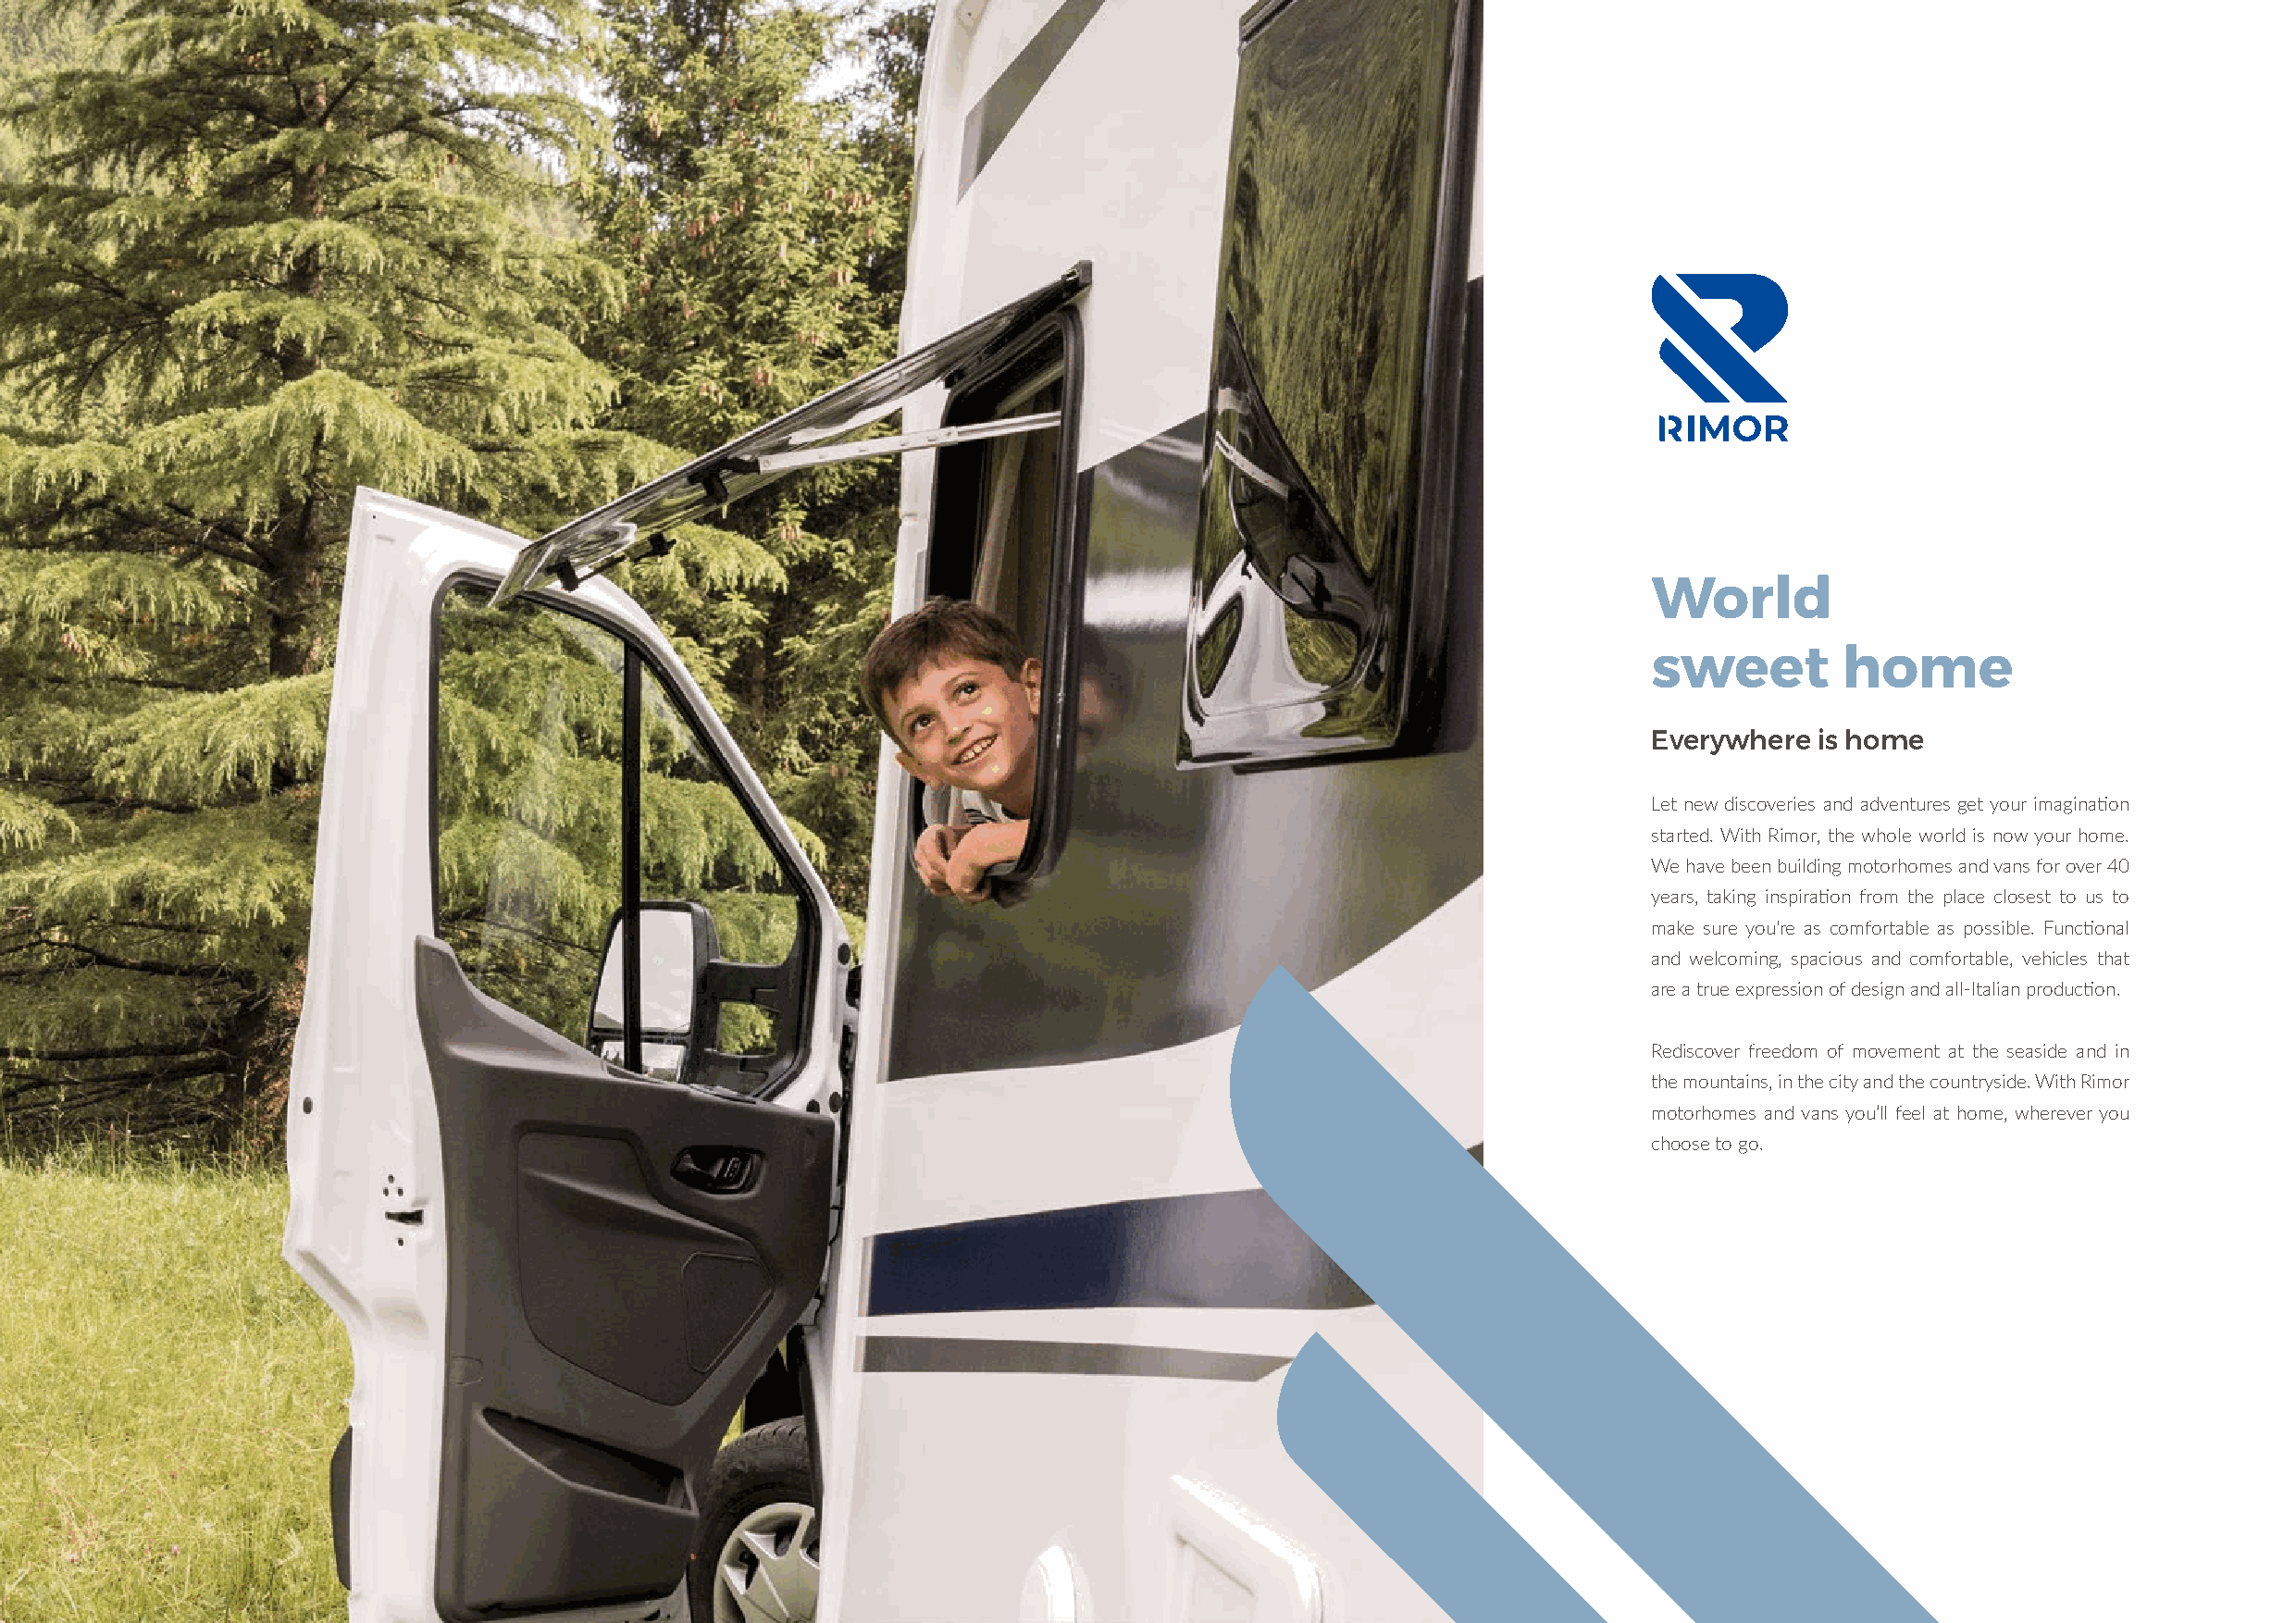
World
 sweet         home
 Everywhere  is home
 Let new discoveries and adventures get your imagination
 started. With Rimor, the whole world is now your home.
 We have been building motorhomes and vans for over 40
 years, taking inspiration from the place closest to us to
 make sure you're as comfortable as possible. Functional
 and welcoming, spacious and comfortable, vehicles that
 are a true expression of design and all-Italian production.
 Rediscover freedom of movement at the seaside and in
 the mountains, in the city and the countryside. With Rimor
 motorhomes and vans you’ll feel at home, wherever you
 choose to go.